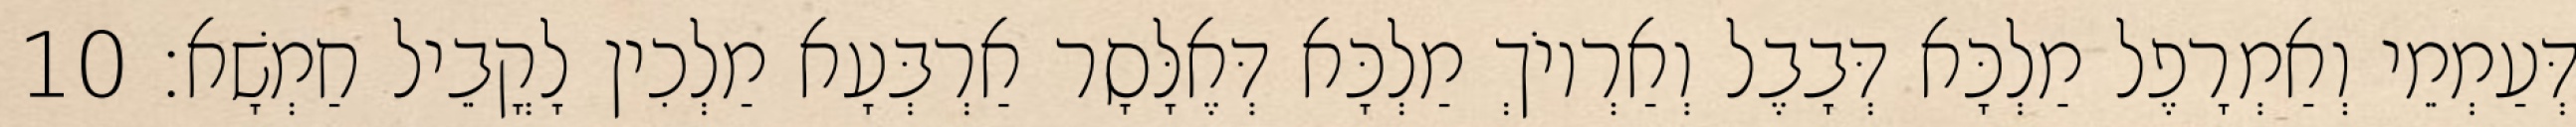
דְּעַמְמֵי וְאַמְרָפֶל מַלְכָּא דְּבָבֶל וְאַרְיוֹךְ מַלְכָּא דְּאֶלָּסָר אַרְבְּעָא מַלְכִין לָקֳבֵיל חַמְשָׁא׃ 10